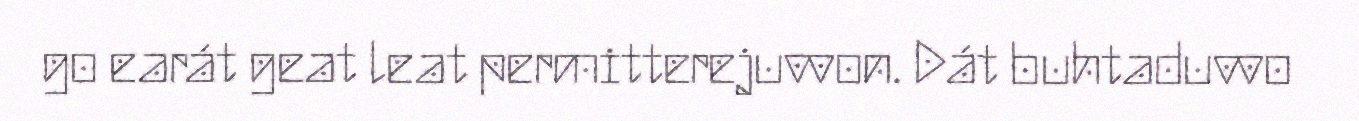
go earát geat leat permitterejuvvon. Dát buhtaduvvo